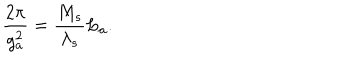
\frac { 2 \pi } { g _ { a } ^ { 2 } } = \frac { M _ { s } } { \lambda _ { s } } L _ { a } .